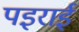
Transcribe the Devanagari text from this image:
पइराई